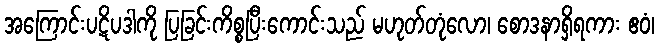
အကြောင်းပဋိပဒါကို ပြခြင်းကိစ္စပြီးကောင်းသည် မဟုတ်တုံလော၊ စောဒနာရှိရကား ဧဝံ၊